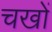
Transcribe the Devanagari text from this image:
चखों